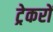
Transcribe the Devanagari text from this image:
ट्रेकरों